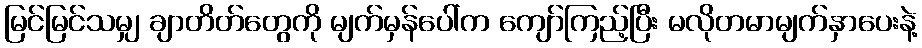
မြင်မြင်သမျှ ချာတိတ်တွေကို မျက်မှန်ပေါ်က ကျော်ကြည့်ပြီး မလိုတမာမျက်နှာပေးနဲ့